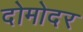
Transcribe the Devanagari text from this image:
दोमोदर